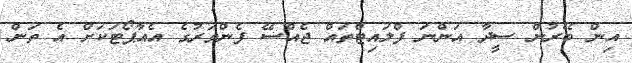
އިން ބޭރުން ސީދާ އަންނަ ފްލައިޓްތައް ޖެއްސޭ ފެންވަރުގެ އެއާޕޯޓަކަށް އެ ތަން